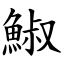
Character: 䱙